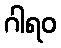
ဂါရဝ